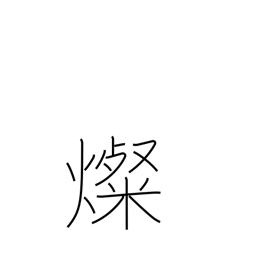
Meaning: brilliant